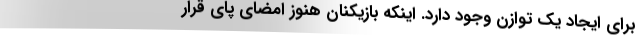
برای ایجاد یک توازن وجود دارد. اینکه بازیکنان هنوز امضای پای قرار